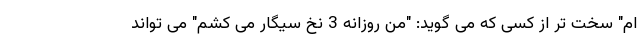
ام" سخت تر از کسی که می گوید: "من روزانه 3 نخ سیگار می کشم" می تواند